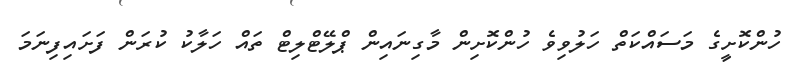
ހުންކޮށީގެ މަސައްކަތް ހަލުވިވެ ހުންކޮށިން މާގިނައިން ޕްލޭޓްލިޓް ތައް ހަލާކު ކުރަން ފަށައިފިނަމަ